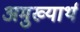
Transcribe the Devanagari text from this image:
अमुख्यार्थ